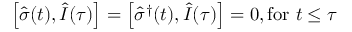
\left[ \hat { \sigma } ( t ) , \hat { I } ( \tau ) \right] = \left[ \hat { \sigma } ^ { \dagger } ( t ) , \hat { I } ( \tau ) \right] = 0 , \mathrm { f o r } \, \, t \leq \tau